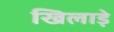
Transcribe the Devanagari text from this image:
खिलाड़े